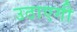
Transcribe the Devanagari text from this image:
उठाएगी